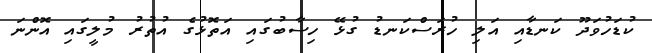
ކުޑަހުވަދޫ ކަނޑާއި އަލި ހުރަސްކަނޑު ގުޅޭ ހިސާބުގައި އަތޮޅުގެ އުތުރު މުލީގައި އޮންނަ